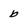
Character: b